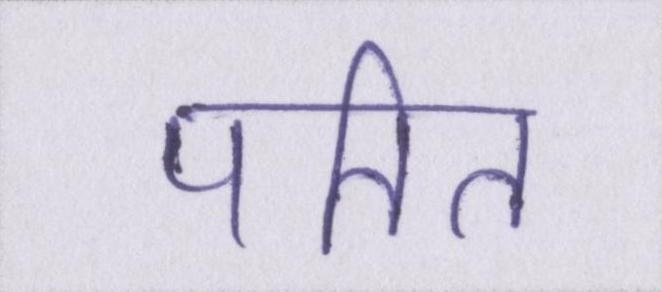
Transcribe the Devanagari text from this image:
पतित